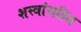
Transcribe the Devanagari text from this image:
शस्त्रांसहित